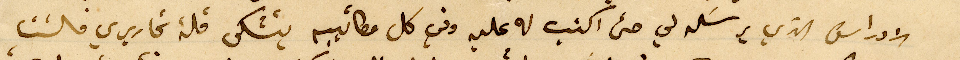
الاوراق الذي يرسَله لي حتى اكتب له عليه وفي كل مكاتيبه يتشكى قلة تحاريري فلست